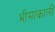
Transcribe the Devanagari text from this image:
भीमाकाली